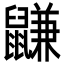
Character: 鼸